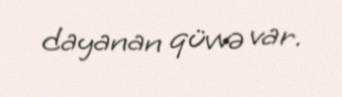
dayanan qüvvə var.